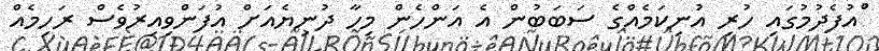
ްުއުފެދުމުގައި ހުރި އުނިކަމެއްގެ ސަބަބުން އެ އަންހެން މިހާ ދުނިޔެއަށް އުފަންވިއިރުވެސް ރަހިމެއް